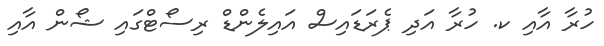
ހުރާ އާއި ކ. ހުރާ އަދި ޕެރަޑައިސް އައިލެންޑް ރިސޯޓްގައި ޝޯން އާއި